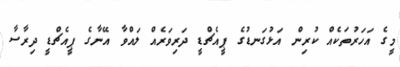
މީގެ އަހަރުތަކެއް ކުރިން އަޅުގަނޑުގެ ޕީއެޗްޑީ ދަރިވަރެއް ލައްވާ އޭނާގެ ޕީއެޗްޑީ ދިރާސާ